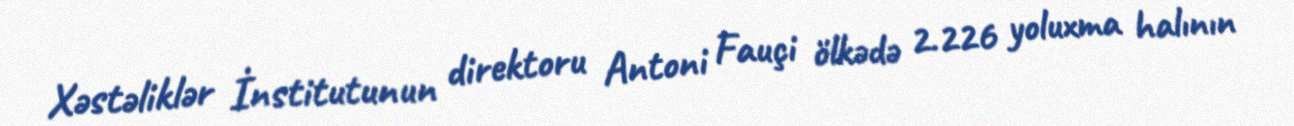
Xəstəliklər İnstitutunun direktoru Antoni Fauçi ölkədə 2.226 yoluxma halının